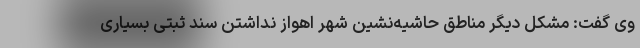
وی گفت: مشکل دیگر مناطق حاشیه‌نشین شهر اهواز نداشتن سند ثبتی بسیاری